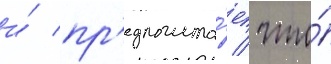
и́ пр'едполага́ет / что́